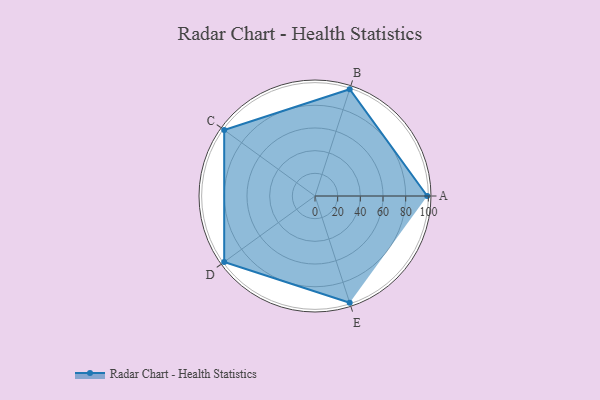
{"axis": {"x": "Skill", "y": "Score"}, "legend": ["Profile"], "data": [{"x": "A", "y": 99, "type": "Profile"}, {"x": "B", "y": 99, "type": "Profile"}, {"x": "C", "y": 99, "type": "Profile"}, {"x": "D", "y": 99, "type": "Profile"}, {"x": "E", "y": 99, "type": "Profile"}]}